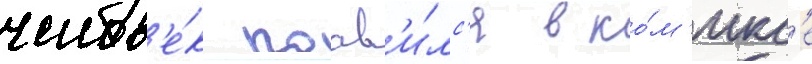
челов'е́к поав'и́лс'я в ко́м'икс'е